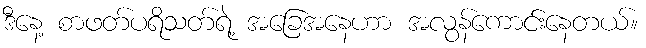
ဒီနေ့ စာဖတ်ပရိသတ်ရဲ့ အခြေအနေဟာ အလွန်ကောင်းနေတယ်။